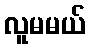
လူမမယ်